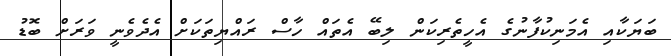
ބަޔަކާއި އެމަނިކުފާނުގެ އެހީތެރިކަން ލިބޭ އެތައް ހާސް ރައްޔިތަކަށް އެދެވެނީ ވަރަށް ބޮޑު